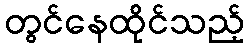
တွင်နေထိုင်သည့်